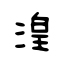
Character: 湟